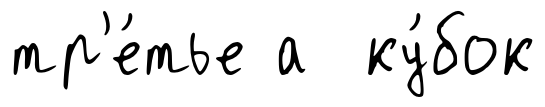
тр'е́тье а ку́бок